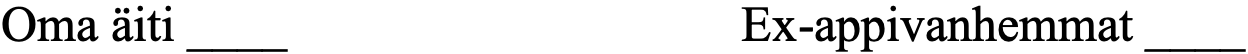
Oma äiti ____            Ex-appivanhemmat ____